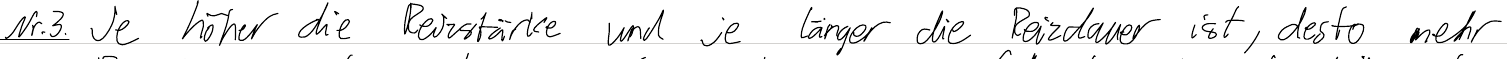
Nr.3. Je höher die Reizstärke und je länger die Reizdauer ist, desto mehr